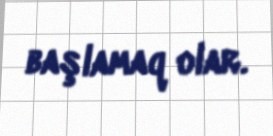
başlamaq olar.